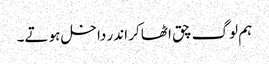
ہم لوگ چق اٹھا کر اندر داخل ہوتے۔